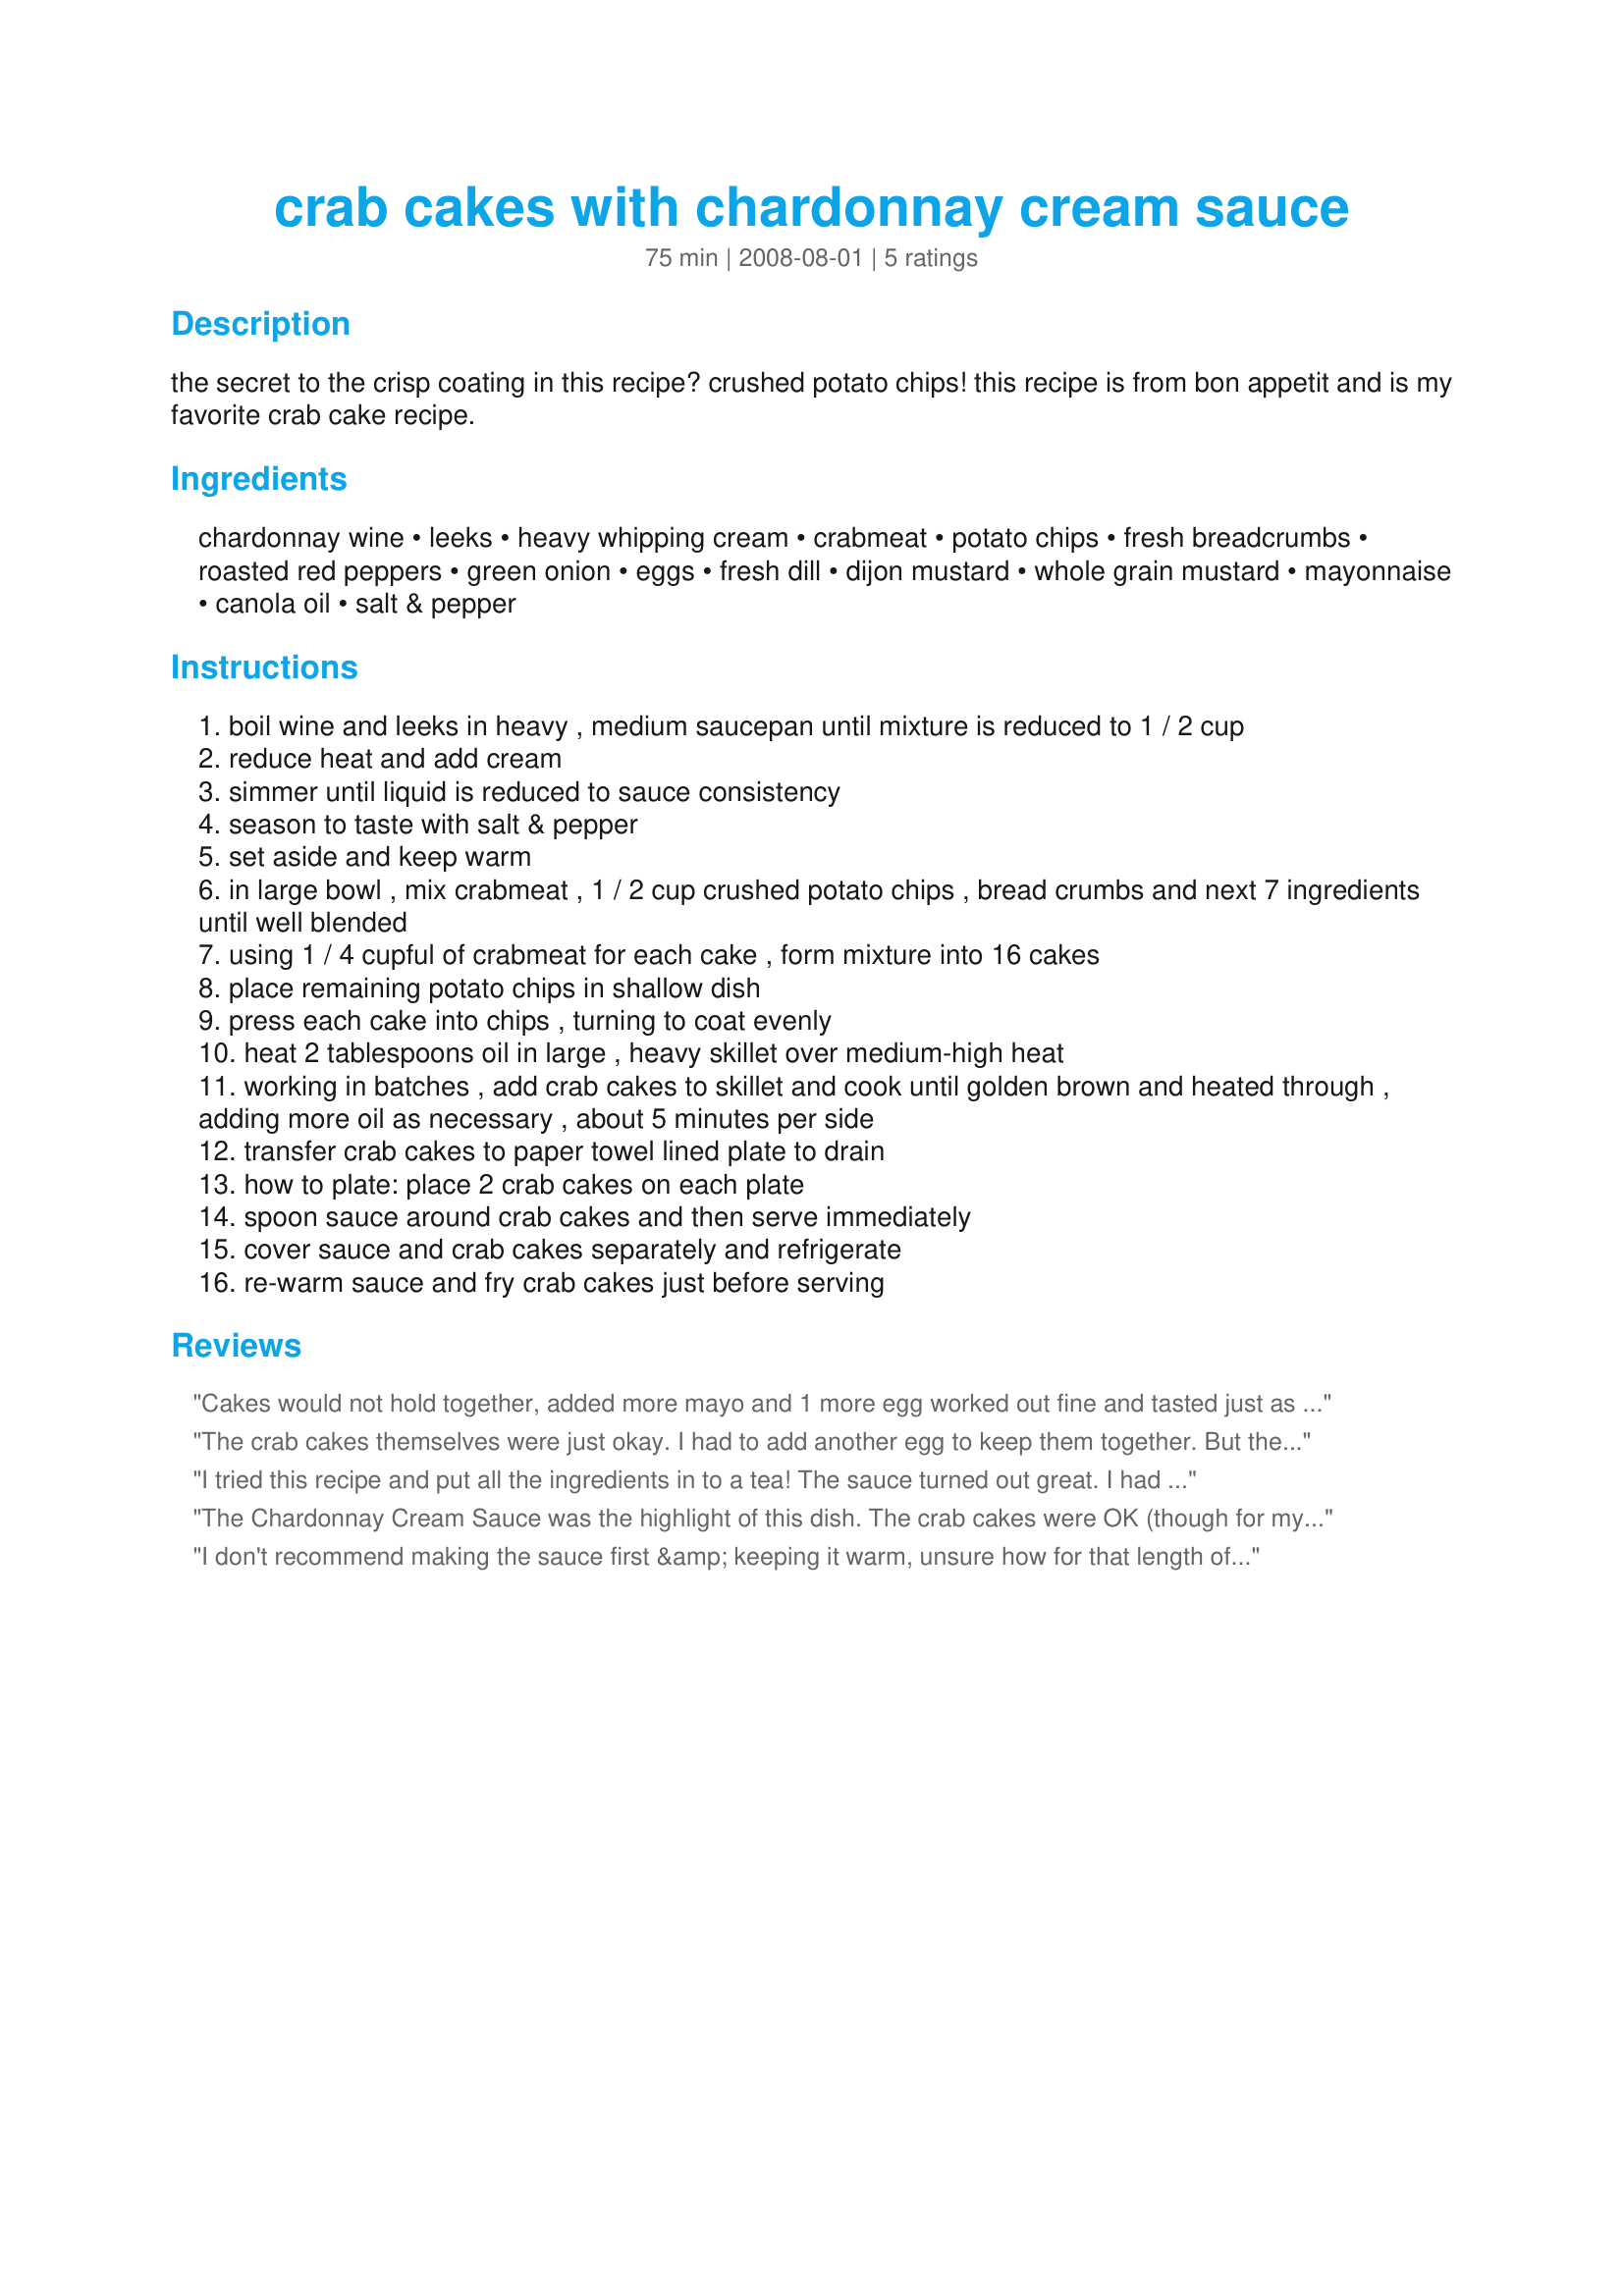
crab cakes with chardonnay cream sauce
Preparation time: 75 minutes

the secret to the crisp coating in this recipe? crushed potato chips! this recipe is from bon appetit and is my favorite crab cake recipe.

Ingredients:
chardonnay wine, leeks, heavy whipping cream, crabmeat, potato chips, fresh breadcrumbs, roasted red peppers, green onion, eggs, fresh dill, dijon mustard, whole grain mustard, mayonnaise, canola oil, salt & pepper

Steps:
boil wine and leeks in heavy , medium saucepan until mixture is reduced to 1 / 2 cup
reduce heat and add cream
simmer until liquid is reduced to sauce consistency
season to taste with salt & pepper
set aside and keep warm
in large bowl , mix crabmeat , 1 / 2 cup crushed potato chips , bread crumbs and next 7 ingredients until well blended
using 1 / 4 cupful of crabmeat for each cake , form mixture into 16 cakes
place remaining potato chips in shallow dish
press each cake into chips , turning to coat evenly
heat 2 tablespoons oil in large , heavy skillet over medium-high heat
working in batches , add crab cakes to skillet and cook until golden brown and heated through , adding more oil as necessary , about 5 minutes per side
transfer crab cakes to paper towel lined plate to drain
how to plate: place 2 crab cakes on each plate
spoon sauce around crab cakes and then serve immediately
cover sauce and crab cakes separately and refrigerate
re-warm sauce and fry crab cakes just before serving

Reviews:
Cakes would not hold together, added more mayo and 1 more egg worked out fine and tasted just as good.
The crab cakes themselves were just okay. I had to add another egg to keep them together. But the cream sauce was wonderful!
I tried this recipe and put all the ingredients in to a tea! The sauce turned out great. I had so much trouble trying to mold the mixture into patties so I have to say that something is missing from the recipe. More mayonnaise? I didn't have time to FIX the recipe so I had to settle for NOT frying the mixture and just bringing it with romaine lettuce leaves and called it Crab Cake Lettuce Wraps. It tasted wonderful, BUT that wasn't what it was supposed to be. I'd like to know how the one review by Cream Puff managed to make these work!!?
The Chardonnay Cream Sauce was the highlight of this dish. The crab cakes were OK (though for my own personal preference, I would reduce the amount of roasted red peppers next time). But the sauce really contributed a lot of flavor and brought the whole dish together into a wonderful light meal. I served them with extra potato chips and fresh lemonade. Thanks, Cream Puff.
I don't recommend making the sauce first &amp; keeping it warm, unsure how for that length of time. Not only do you have to make the mix &amp; shape patties (with varying degrees of difficulty) you then have to fry them in at least 2 batches for 5mins per side. That sauce will evaporate/thicken. There are dedicated sauce pots with a paddle but pushing 30mins is still a long time to wait. I read the reviews of the moulding difficulty. When I got to the difficult stage, I used metal rings that Chef's use to make tidy portions of foods on baking trays, then froze them (they don't need to be completely flat); I expect the fridge would have worked but I wanted them to firm quickly. I removed them to fry with a fish-slice in hot oil &amp; they didn't fall apart. Served with mash potato, broccoli, carrots &amp; peas.
